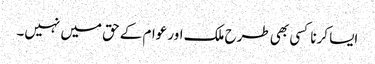
ایسا کرنا کسی بھی طرح ملک اور عوام کے حق میں نہیں۔